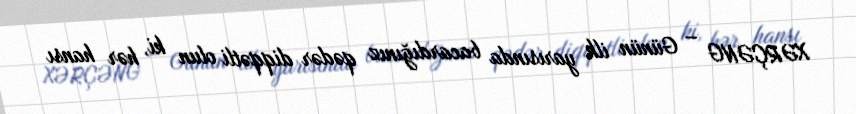
XƏRÇƏNG – Günün ilk yarısında bacardığınız qədər diqqətli olun ki, hər hansı